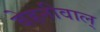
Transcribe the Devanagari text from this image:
बेहनीवाल्